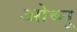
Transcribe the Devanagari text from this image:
ओब्नू